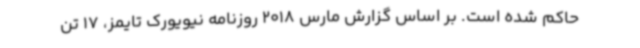
حاکم شده است. بر اساس گزارش مارس 2018 روزنامه نیویورک تایمز، 17 تن